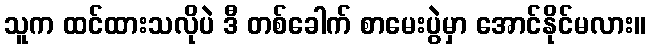
သူက ထင်ထားသလိုပဲ ဒီ တစ်ခေါက် စာမေးပွဲမှာ အောင်နိုင်မလား။